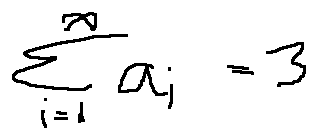
\sum \limits _ { i = 1 } ^ { \infty } a _ { i } = 3